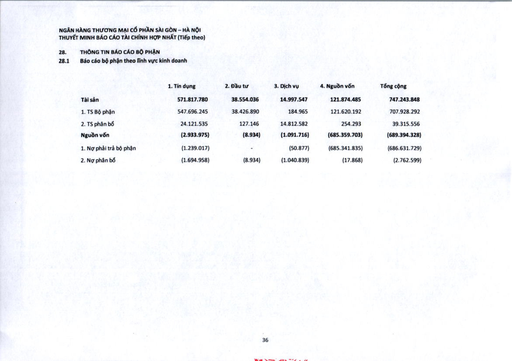
||1. Tín dụng|2. Đầu tư|3. Dịch vụ|4. Nguồn vốn|Tổng cộng| |---|---|---|---|---|---| |Tài sản|571.817.780|38.554.036|14.997.547|121.874.485|747.243.848| |1. Tài sản Bộ phận|547.696.245|38.426.890|184.965|121.620.192|707.928.292| |2. Tài sản phân bổ|24.121.535|127.146|14.812.582|254.293|39.315.556| |Nguồn vốn|(2.933.975)|(8.934)|(1.091.716)|(685.359.703)|(689.394.328)| |1. Nợ phải trả Bộ phận|(1.239.017)|-|(50.877)|(685.341.835)|(686.631.729)| |2. Nợ phân bổ|(1.694.958)|(8.934)|(1.040.839)|(17.868)|(2.762.599)|